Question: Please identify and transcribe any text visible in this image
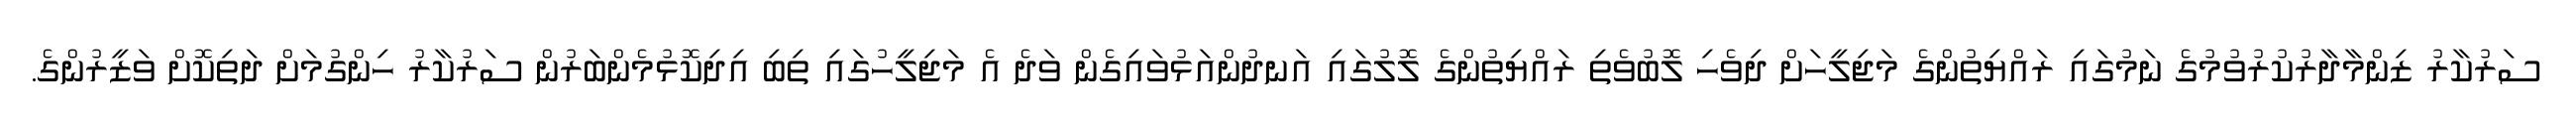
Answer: ސަރުކާރު ޒިންމާދާރުކުރުވުމުގެ ނަމުގައި ރައްޔިތުންގެ މަޖިލީހަށް ދިވެހި ލޮބުވެތި ރައްޔިތުންގެ ލޮލުގައި އަނދުންއަޅުވައިގެން ވަދެ އެ މަޖިލީހުގައި ތިބި އިދިކޮޅުމެންބަރުން ސަރުކާރު ހިންގުމަށް ދަތިކޮށް ވަޒީރުންގެ.